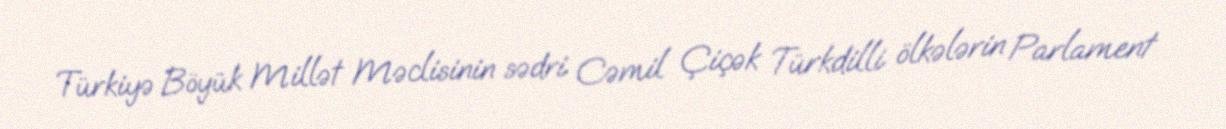
Türkiyə Böyük Millət Məclisinin sədri Cəmil Çiçək Türkdilli ölkələrin Parlament